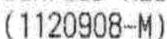
(1120908-M)